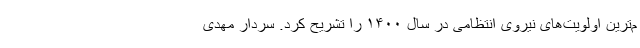
م‌ترین اولویت‌های نیروی انتظامی در سال ۱۴۰۰ را تشریح کرد. سردار مهدی